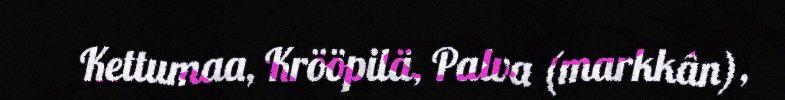
Kettumaa, Krööpilä, Palva (markkân),